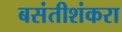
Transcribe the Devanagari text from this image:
बसंतीशंकरा